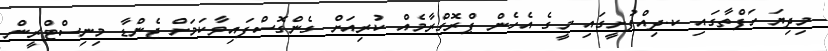
މިދިޔަ ހަފްތާގައި ކ.ދިއްފުށީގައި މީގެ އެހެން ޕްރޮގްރާމެއް ކުރިއަށް ގެންގޮސްފައިވާކަމަށް ޖެންޑާ މިނިސްޓްރީން